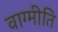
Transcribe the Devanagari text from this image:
वाग्मीति